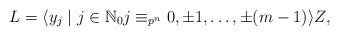
LaTeX: \begin{align*} L= \langle y_j \mid j \in \mathbb{N}_0 j \equiv_{p^n} 0, \pm 1, \ldots, \pm (m-1) \rangle Z, \end{align*}